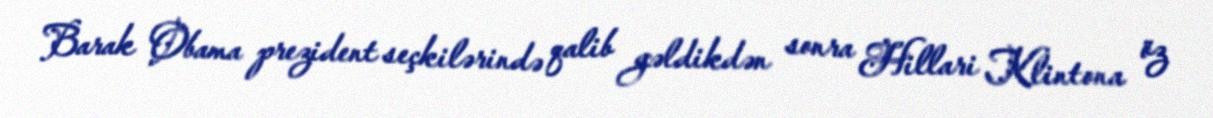
Barak Obama prezident seçkilərində qalib gəldikdən sonra Hillari Klintona öz